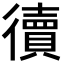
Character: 𢖏